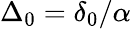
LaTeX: \Delta_{0}=\delta_{0}/\alpha